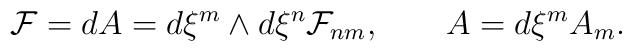
{\cal F} = dA = d\xi^m \wedge d\xi^n {\cal F}_{nm}, \qquad A=d\xi^m A_m .